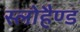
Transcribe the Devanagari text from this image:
स्लोहैण्ड